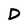
Character: D